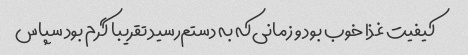
کیفیت غذا خوب بود و زمانی‌که به دستم‌رسید تقریبا گرم‌ بود سپاس